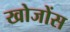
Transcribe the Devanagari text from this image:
खोजोंस